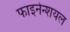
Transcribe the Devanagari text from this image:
फाइनेन्शयल